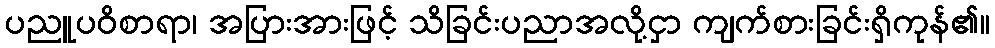
ပညူပဝိစာရာ၊ အပြားအားဖြင့် သိခြင်းပညာအလို့ငှာ ကျက်စားခြင်းရှိကုန်၏။